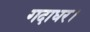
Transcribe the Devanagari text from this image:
गदाधर।